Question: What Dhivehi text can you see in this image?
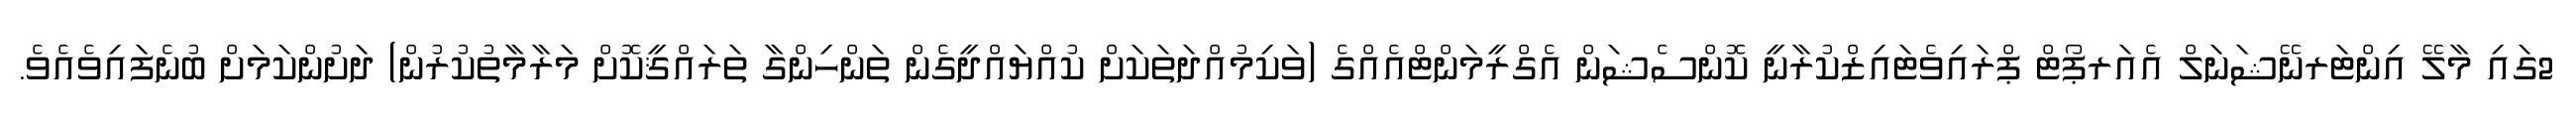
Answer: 2ގައި މާލޭ އިންޓަރނޭޝަނަލް އެއަރޕޯޓް ޕްރައިވެޓައިޒްކުރާނީ ކޮންސެޝަން އެގްރީމަންޓްއެއްގެ (ވަކިމުއްދަތަކަށް ކުއްޔައްދީގެން ތަންހިންގާ ތަރައްޤީކޮށް މަރާމާތުކުރުން) ދަށުންކަމަށް ބުނެފައިވެއެވެ.